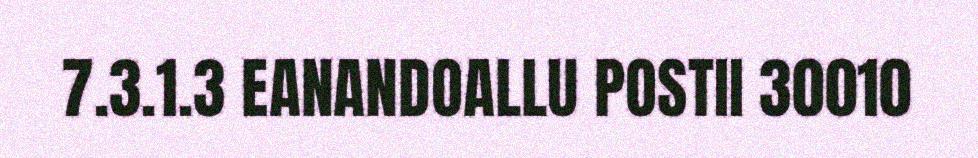
7.3.1.3 EANANDOALLU POSTII 30010